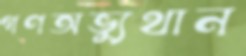
গণঅভ্যুথান